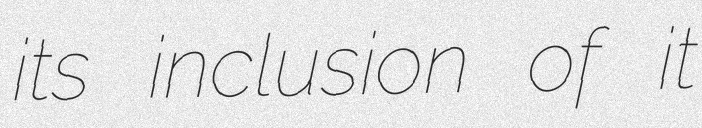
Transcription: its inclusion of it